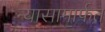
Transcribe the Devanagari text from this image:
न्यासामार्फत